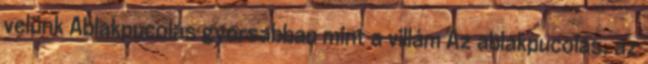
velünk Ablakpucolás gyorsabban mint a villám Az ablakpucolás, az